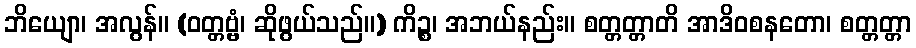
ဘိယျော၊ အလွန်။ (ဝတ္တဗ္ဗံ၊ ဆိုဖွယ်သည်။) ကိဉ္စ၊ အဘယ်နည်း။ စတ္တတ္တာတိ အာဒိဝစနတော၊ စတ္တတ္တာ